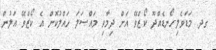
ގދ. މަޑަވެލި-ހޯނޑެއްދޫ ކޯޒްވޭ އަށް ދިމާވި މައްސަލަ ހައްލުކޮށް އެ ކޯޒްވޭ އަލުން